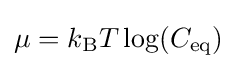
\mu =k_{\mathrm {B} }T\log(C_{\mathrm {eq} })